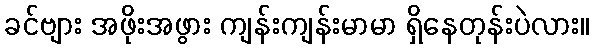
ခင်ဗျား အဖိုးအဖွား ကျန်းကျန်းမာမာ ရှိနေတုန်းပဲလား။